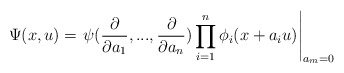
\begin{align*}\Psi(x,u) = \left.\psi(\frac{\partial}{\partial a_1},...,\frac{\partial}{\partial a_n})\prod_{i=1}^n \phi_i(x + a_i u) \right|_{a_m = 0}\end{align*}